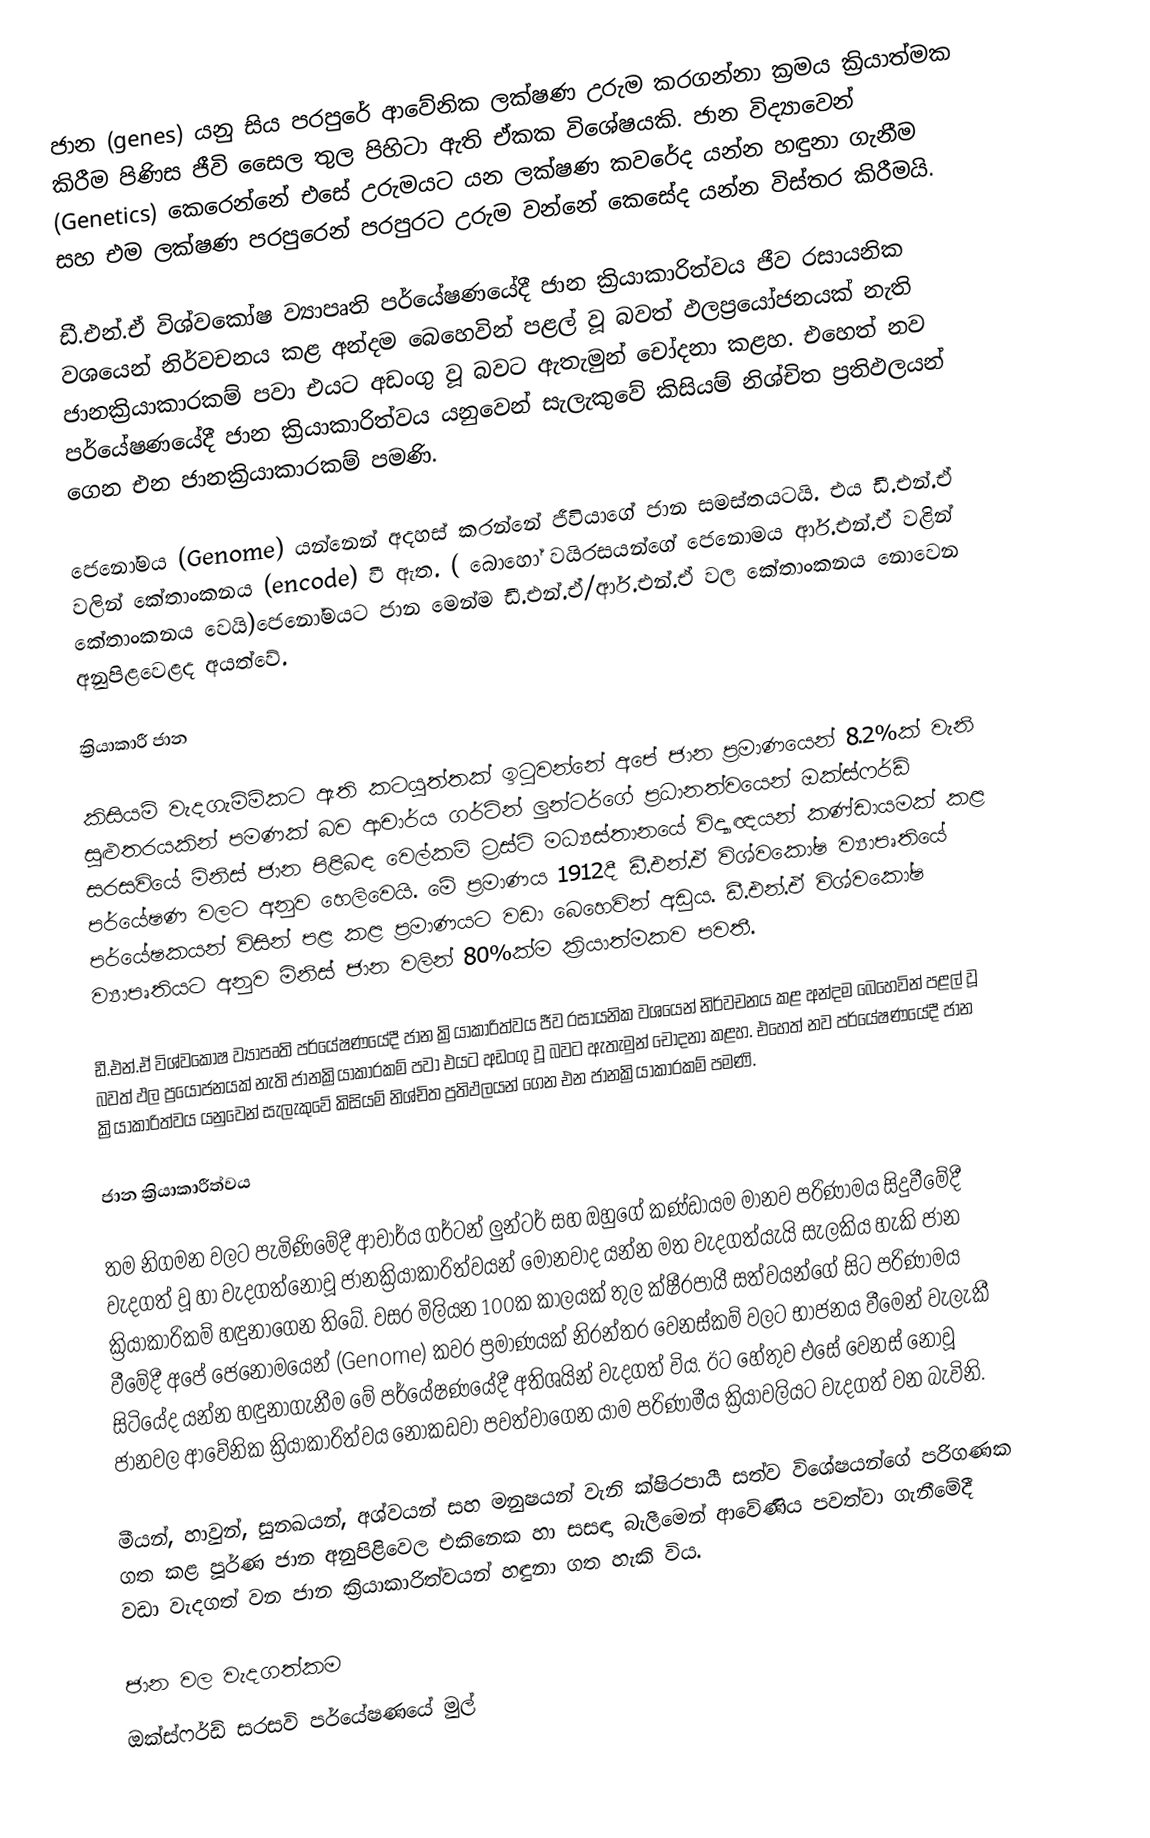
ජාන (genes) යනු සිය පරපුරේ ආවේනික ලක්ෂණ උරුම කරගන්නා ක්‍ර‍මය ක්‍රියාත්මක කිරීම පිණිස ජීවි සෛල තුල පිහිටා ඇති ඒකක විශේෂයකි. ජාන විද්‍යාවෙන් (Genetics) කෙරෙන්නේ එසේ උරුමයට යන ලක්ෂණ කවරේද යන්න හඳුනා ගැනීම සහ එම ලක්ෂණ පරපුරෙන් පරපුරට උරුම වන්නේ කෙසේද යන්න විස්තර කිරීමයි.

ඩී.එන්.ඒ විශ්වකෝෂ ව්‍යාපෘති පර්යේෂණයේදී ජාන ක්‍රියාකාරිත්වය ජීව රසායනික වශයෙන් නිර්වචනය කළ අන්දම බෙහෙවින් පළල් වූ බවත් ඵලප්‍රයෝජනයක් නැති ජානක්‍රියාකාරකම් පවා එයට අඩංගු වූ බවට ඇතැමුන් චෝදනා කළහ. එහෙත් නව පර්යේෂණයේදී ජාන ක්‍රියාකාරිත්වය යනුවෙන් සැලැකුවේ කිසියම් නිශ්චිත ප්‍ර‍තිඵලයන් ගෙන එන ජානක්‍රියාකාරකම් පමණි.

ජෙනෝමය (Genome) යන්නෙන් අදහස් කරන්නේ ජීවියාගේ ජාන සමස්තයටයි. එය ඩී.එන්.ඒ වලින් කේතාංකනය (encode) වී ඇත. ( බොහෝ වයිරසයන්ගේ ජෙනොමය ආර්.එන්.ඒ වළින් කේතාංකනය වෙයි)ජෙනෝමයට ජාන මෙන්ම ඩී.එන්.ඒ/ආර්.එන්.ඒ වල කේතාංකනය නොවෙන අනුපිළවෙළද අයත්වේ.

ක්‍රියාකාරී ජාන

කිසියම් වැදගැම්ම්කට ඇති කටයුත්තක් ඉටුවන්නේ අපේ ජාන ප්‍ර‍මාණයෙන් 8.2%ක් වැනි සුළුතරයකින් පමණක් බව ආචාර්ය ගර්ට්න් ලුන්ටර්ගේ ප්‍ර‍ධානත්වයෙන් ඔක්ස්ෆර්ඩ් සරසවියේ  මිනිස් ජාන පිළිබඳ වෙල්කම් ට්‍ර‍ස්ට් මධ්‍යස්තානයේ විද්‍යාඥයන් කණ්ඩායමක් කළ පර්යේෂණ වලට අනුව හෙලිවෙයි. මේ ප්‍ර‍මාණය 1912දී  ඩී.එන්.ඒ විශ්වකෝෂ ව්‍යාපෘතියේ පර්යේෂකයන් විසින් පළ කළ ප්‍ර‍මාණයට වඩා බෙහෙවින් අඩුය. ඩී.එන්.ඒ විශ්වකෝෂ ව්‍යාපෘතියට අනුව මිනිස් ජාන වලින් 80%ක්ම ක්‍රියාත්මකව පවතී.

ඩී.එන්.ඒ විශ්වකෝෂ ව්‍යාපෘති පර්යේෂණයේදී ජාන ක්‍රියාකාරිත්වය ජීව රසායනික වශයෙන් නිර්වචනය කළ අන්දම බෙහෙවින් පළල් වූ බවත් ඵල ප්‍රයෝජනයක් නැති ජානක්‍රියාකාරකම් පවා එයට අඩංගු වූ බවට ඇතැමුන් චෝදනා කළහ. එහෙත් නව පර්යේෂණයේදී ජාන ක්‍රියාකාරිත්වය යනුවෙන් සැලැකුවේ කිසියම් නිශ්චිත ප්‍ර‍තිඵලයන් ගෙන එන ජානක්‍රියාකාරකම් පමණි.

ජාන ක්‍රියාකාරීත්වය

තම නිගමන වලට පැමිණිමේදී ආචාර්ය ගර්ටන් ලුන්ටර් සහ ඔහුගේ කණ්ඩායම මානව පරිණාමය සිදුවීමේදී වැදගත් වූ හා වැදගත්නොවූ ජානක්‍රියාකාරිත්වයන් මොනවාද යන්න මත වැදගත්යැයි සැලකිය හැකි ජාන ක්‍රියාකාරිකම් හඳුනාගෙන තිබේ. වසර මිලියන 100ක කාලයක් තුල ක්ෂීරපායී සත්වයන්ගේ සිට පරිණාමය වීමේදී අපේ ජෙනෝමයෙන් (Genome) කවර ප්‍රමාණයක් නිරන්තර වෙනස්කම් වලට භාජනය වීමෙන් වැලැකී සිටියේද යන්න හඳුනාගැනීම මේ පර්යේෂණයේදී අතිශයින් වැදගත් විය. ඊට හේතුව එසේ වෙනස් නොවූ ජානවල ආවේනික ක්‍රියාකාරිත්වය නොකඩවා පවත්වාගෙන යාම පරිණාමීය ක්‍රියාවලියට වැදගත් වන බැවිනි.

මීයන්, හාවුන්, සුනඛයන්, අශ්වයන් සහ මනුෂයන් වැනි ක්ෂිරපායී සත්ව විශේෂයන්ගේ පරිගණක ගත කළ පූර්ණ ජාන අනුපිළිවෙල එකිනෙක හා සසඳා බැලීමෙන් ආවේණිය පවත්වා ගැනීමේදී වඩා වැදගත් වන ජාන ක්‍රියාකාරිත්වයන් හඳුනා ගත හැකි විය.

ජාන වල වැදගත්කම
ඔක්ස්ෆර්ඩ් සරසවි පර්යේෂණයේ මුල්